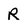
Character: R